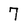
Character: 7